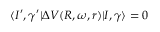
\langle I ^ { \prime } , \gamma ^ { \prime } | \Delta V ( R , \omega , r ) | I , \gamma \rangle = 0